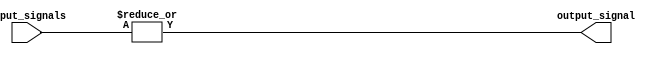
module OR_gate(
  input [31:0] input_signals,
  output reg output_signal
);

always @* begin
  output_signal = |input_signals; // Bitwise OR operation for all input signals
end

endmodule